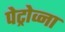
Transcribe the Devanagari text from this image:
पेट्रोव्ना